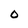
Character: 0